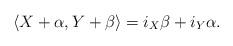
LaTeX: \begin{align*} \langle X+\alpha,Y+\beta \rangle= i_X\beta +i_Y\alpha.\end{align*}